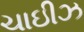
ચાઇીઝ